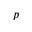
p